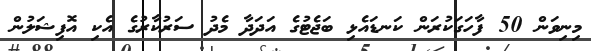
މިނިވަން 50 ފާހަގަކުރަން ކަނޑައެޅި ބަޖެޓުގެ އަދަދާ މެދު ސަރުކާރުގެ އެކި އޮފިޝަލުން